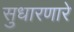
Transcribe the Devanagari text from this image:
सुधारणारे